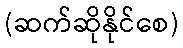
(ဆက်ဆိုနိုင်စေ)